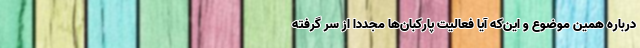
درباره همین موضوع و این‌که آیا فعالیت پارکبان‌ها مجدداً از سر گرفته